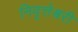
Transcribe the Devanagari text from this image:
निवृत्तेश्वरी